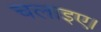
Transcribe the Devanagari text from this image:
चलाइए।